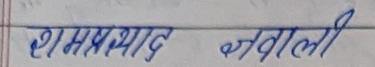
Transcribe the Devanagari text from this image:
रामप्रसाद अग्रवाली